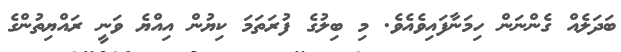
ބަދަލެއް ގެންނަން ހިމަނާފައިވެއެވެ. މި ބިލުގެ ފުރަތަމަ ކިޔުން އިއްޔެ ވަނީ ރައްޔިތުންގެ